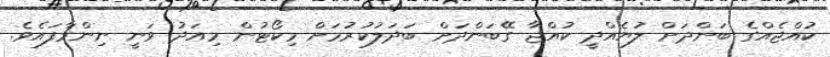
ކުއްޖެއްގެ ބަންދަށް ލުޔެއްދީ ކުއްޖާ ގޭބަންދަށް ބަދަލުކުރުމަށް މިކޯޓުން މިއަދު ވަނީ ނިންމާފައެވެ.